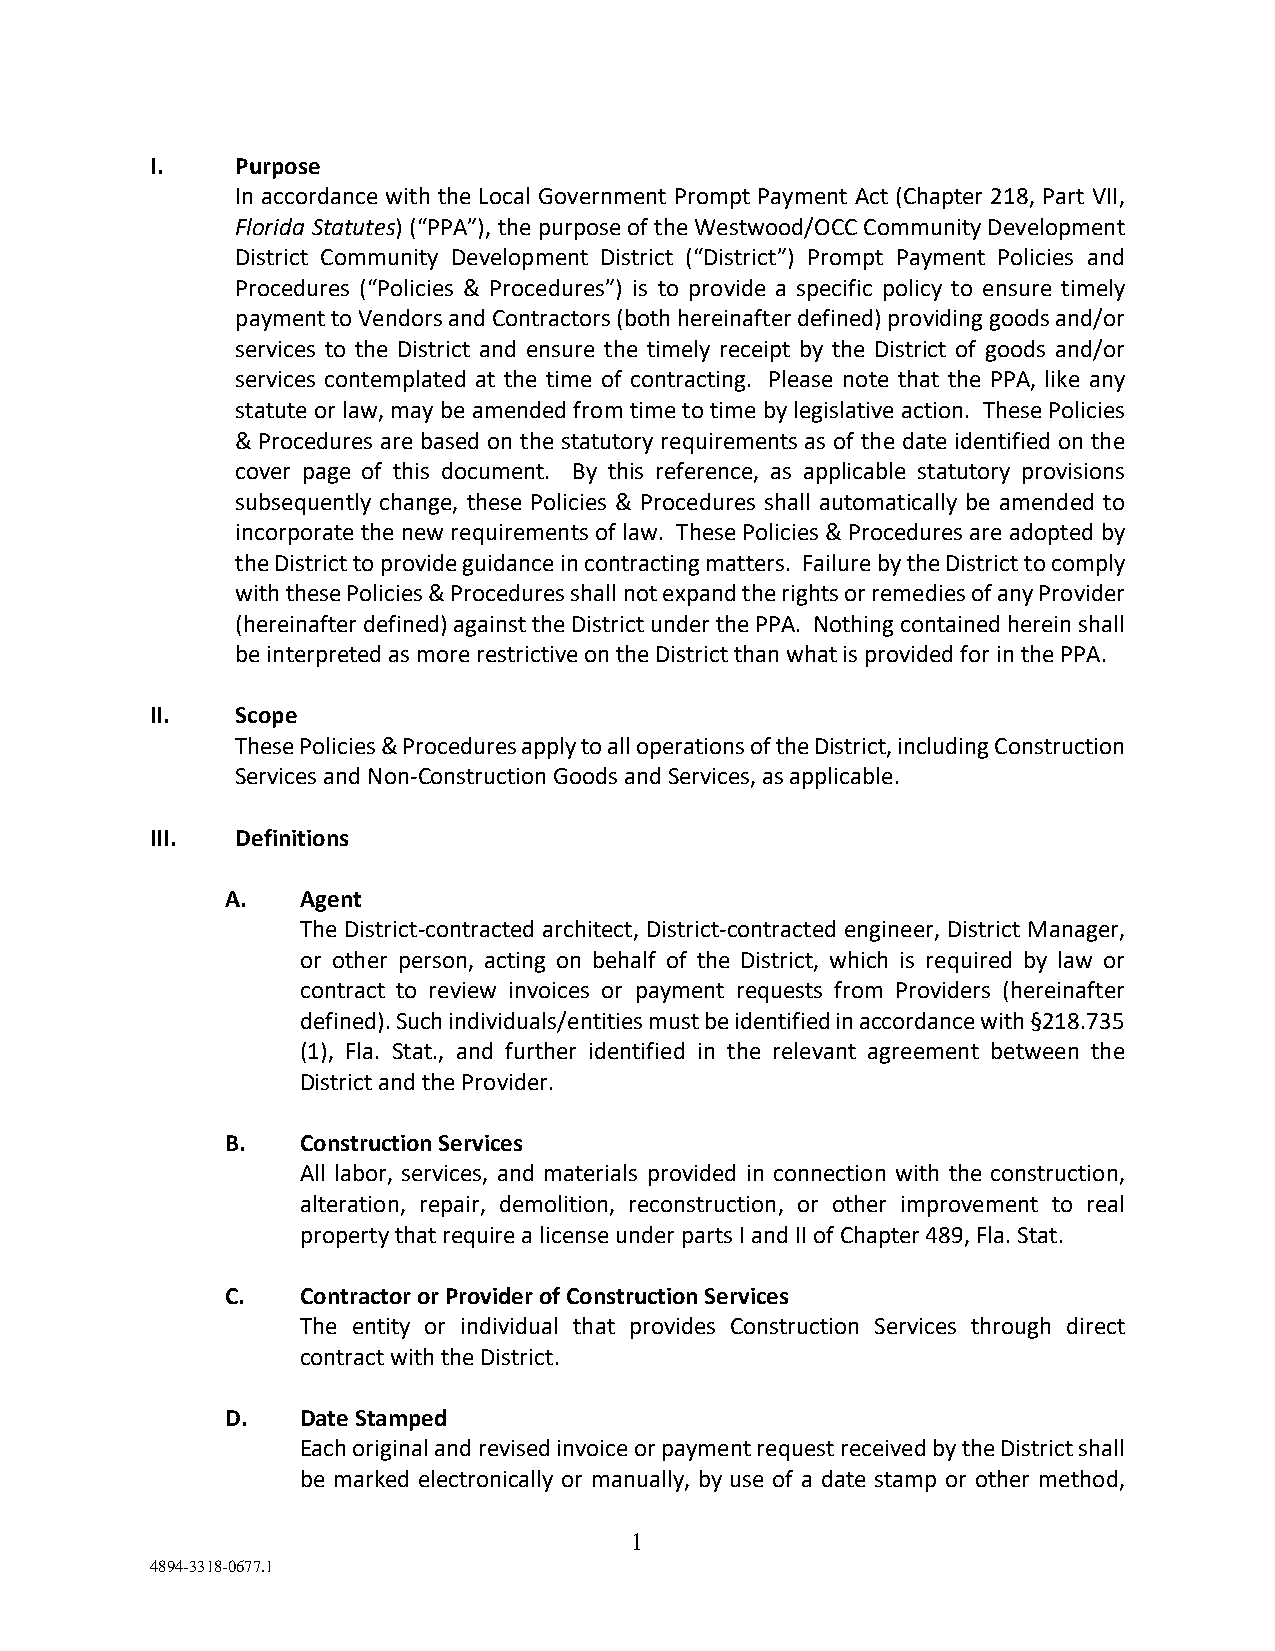
I.    Purpose
 In accordance with the Local Government Prompt Payment Act (Chapter 218, Part VII,
 Florida Statutes) (“PPA”), the purpose of the Westwood/OCC Community Development
 District Community Development District (“District”) Prompt Payment Policies and
 Procedures (“Policies & Procedures”) is to provide a specific policy to ensure timely
 payment to Vendors and Contractors (both hereinafter defined) providing goods and/or
 services to the District and ensure the timely receipt by the District of goods and/or
 services contemplated at the time of contracting. Please note that the PPA, like any
 statute or law, may be amended from time to time by legislative action. These Policies
 & Procedures are based on the statutory requirements as of the date identified on the
 cover page of this document. By this reference, as applicable statutory provisions
 subsequently change, these Policies & Procedures shall automatically be amended to
 incorporate the new requirements of law. These Policies & Procedures are adopted by
 the District to provide guidance in contracting matters. Failure by the District to comply
 with these Policies & Procedures shall not expand the rights or remedies of any Provider
 (hereinafter defined) against the District under the PPA. Nothing contained herein shall
 be interpreted as more restrictive on the District than what is provided for in the PPA.
 II.   Scope
 These Policies & Procedures apply to all operations of the District, including Construction
 Services and Non-Construction Goods and Services, as applicable.
 III.  Definitions
 A.   Agent
 The District-contracted architect, District-contracted engineer, District Manager,
 or other person, acting on behalf of the District, which is required by law or
 contract to review invoices or payment requests from Providers (hereinafter
 defined). Such individuals/entities must be identified in accordance with §218.735
 (1), Fla. Stat., and further identified in the relevant agreement between the
 District and the Provider.
 B.   Construction Services
 All labor, services, and materials provided in connection with the construction,
 alteration, repair, demolition, reconstruction, or other improvement to real
 property that require a license under parts I and II of Chapter 489, Fla. Stat.
 C.   Contractor or Provider of Construction Services
 The entity or individual that provides Construction Services through direct
 contract with the District.
 D.   Date Stamped
 Each original and revised invoice or payment request received by the District shall
 be marked electronically or manually, by use of a date stamp or other method,
 1
 4894-3318-0677.1